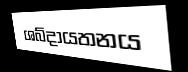
ශබ්දායතනය